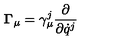
{ \bf \Gamma } _ { \mu } = \gamma _ { \mu } ^ { j } { \frac { \partial } { \partial { \dot { q } } ^ { j } } }